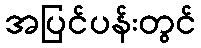
အပြင်ပန်းတွင်